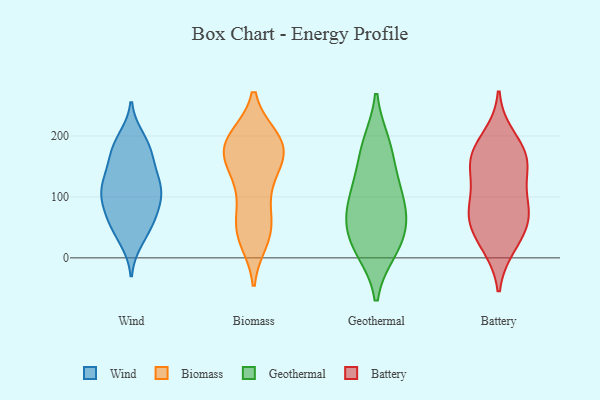
{"axis": {"x": "Tickets Resolved", "y": "Value"}, "legend": ["Battery", "Biomass", "Geothermal", "Wind"], "data": [{"x": "", "y": 187, "type": "Wind"}, {"x": "", "y": 81, "type": "Wind"}, {"x": "", "y": 124, "type": "Wind"}, {"x": "", "y": 93, "type": "Wind"}, {"x": "", "y": 41, "type": "Wind"}, {"x": "", "y": 53, "type": "Wind"}, {"x": "", "y": 119, "type": "Wind"}, {"x": "", "y": 195, "type": "Wind"}, {"x": "", "y": 77, "type": "Wind"}, {"x": "", "y": 167, "type": "Wind"}, {"x": "", "y": 30, "type": "Wind"}, {"x": "", "y": 121, "type": "Wind"}, {"x": "", "y": 132, "type": "Wind"}, {"x": "", "y": 112, "type": "Wind"}, {"x": "", "y": 163, "type": "Wind"}, {"x": "", "y": 102, "type": "Wind"}, {"x": "", "y": 64, "type": "Wind"}, {"x": "", "y": 180, "type": "Wind"}, {"x": "", "y": 146, "type": "Biomass"}, {"x": "", "y": 106, "type": "Biomass"}, {"x": "", "y": 197, "type": "Biomass"}, {"x": "", "y": 51, "type": "Biomass"}, {"x": "", "y": 144, "type": "Biomass"}, {"x": "", "y": 45, "type": "Biomass"}, {"x": "", "y": 192, "type": "Biomass"}, {"x": "", "y": 186, "type": "Biomass"}, {"x": "", "y": 170, "type": "Biomass"}, {"x": "", "y": 175, "type": "Biomass"}, {"x": "", "y": 58, "type": "Biomass"}, {"x": "", "y": 196, "type": "Biomass"}, {"x": "", "y": 29, "type": "Biomass"}, {"x": "", "y": 146, "type": "Biomass"}, {"x": "", "y": 32, "type": "Biomass"}, {"x": "", "y": 89, "type": "Biomass"}, {"x": "", "y": 174, "type": "Biomass"}, {"x": "", "y": 197, "type": "Biomass"}, {"x": "", "y": 13, "type": "Geothermal"}, {"x": "", "y": 186, "type": "Geothermal"}, {"x": "", "y": 124, "type": "Geothermal"}, {"x": "", "y": 84, "type": "Geothermal"}, {"x": "", "y": 14, "type": "Geothermal"}, {"x": "", "y": 114, "type": "Geothermal"}, {"x": "", "y": 73, "type": "Geothermal"}, {"x": "", "y": 56, "type": "Geothermal"}, {"x": "", "y": 40, "type": "Geothermal"}, {"x": "", "y": 179, "type": "Geothermal"}, {"x": "", "y": 19, "type": "Battery"}, {"x": "", "y": 180, "type": "Battery"}, {"x": "", "y": 199, "type": "Battery"}, {"x": "", "y": 66, "type": "Battery"}, {"x": "", "y": 149, "type": "Battery"}, {"x": "", "y": 23, "type": "Battery"}, {"x": "", "y": 155, "type": "Battery"}, {"x": "", "y": 100, "type": "Battery"}, {"x": "", "y": 161, "type": "Battery"}, {"x": "", "y": 103, "type": "Battery"}, {"x": "", "y": 60, "type": "Battery"}, {"x": "", "y": 158, "type": "Battery"}, {"x": "", "y": 66, "type": "Battery"}, {"x": "", "y": 68, "type": "Battery"}]}